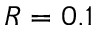
R = 0 . 1